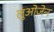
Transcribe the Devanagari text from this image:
लुओजेन